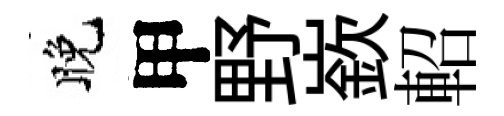
晚甲野嶔軺